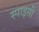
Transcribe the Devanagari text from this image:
स्‍पाइसी